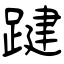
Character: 踺